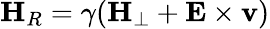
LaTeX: {\mathbf H}_{R}=\gamma({\mathbf H}_{\perp}+{\mathbf E}\times{\mathbf v})